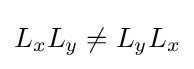
L_{x}L_{y}\neq L_{y}L_{x}